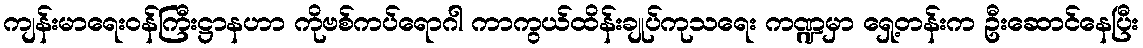
ကျန်းမာရေးဝန်ကြီးဋ္ဌာနဟာ ကိုဗစ်ကပ်ရောဂါ ကာကွယ်ထိန်းချုပ်ကုသရေး ကဏ္ဍမှာ ရှေ့တန်းက ဦးဆောင်နေပြီး